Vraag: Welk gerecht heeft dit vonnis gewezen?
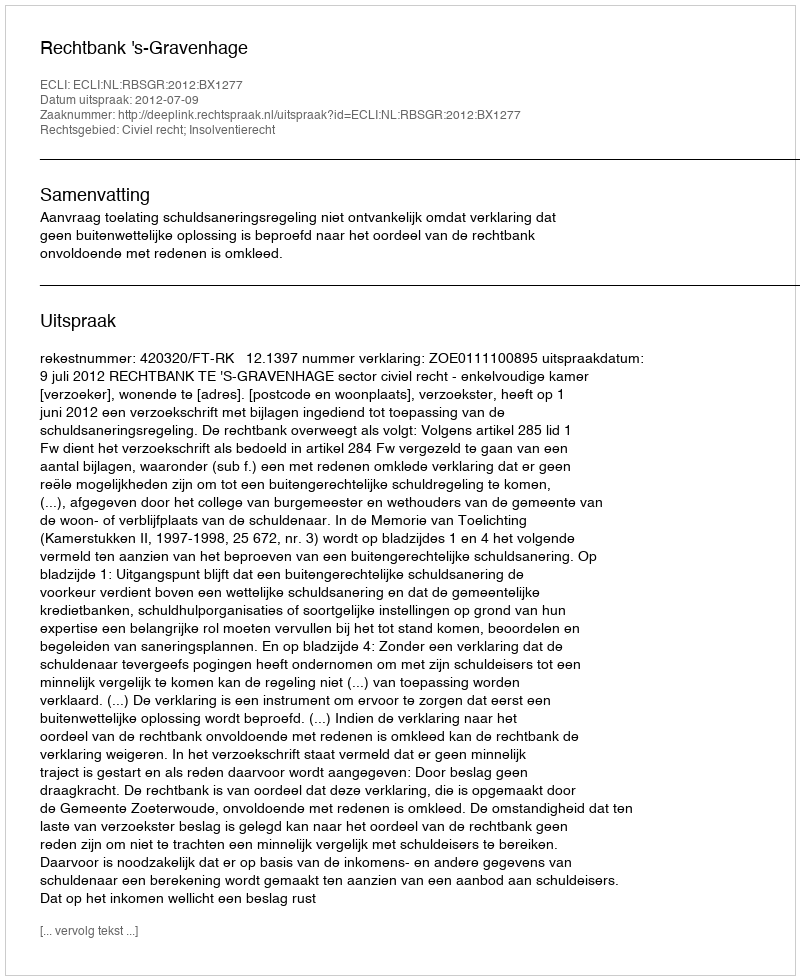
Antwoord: Rechtbank 's-Gravenhage